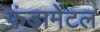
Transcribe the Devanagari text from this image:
फ़ंडामेंटल